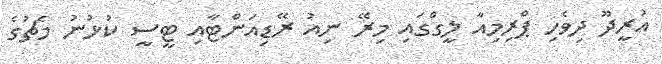
އުރީދޫ ދިވެހި ޕްރިމިއާ ލީގްގައި މިރޭ ނިއު ރޭޑިއަންޓާއި ޓީސީ ކުޅުނު މެޗުގެ